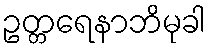
ဥတ္တရေနာဘိမုခါ